Report on vaccination in Madras 1904-1921 - 1904-1921
Year: 1904
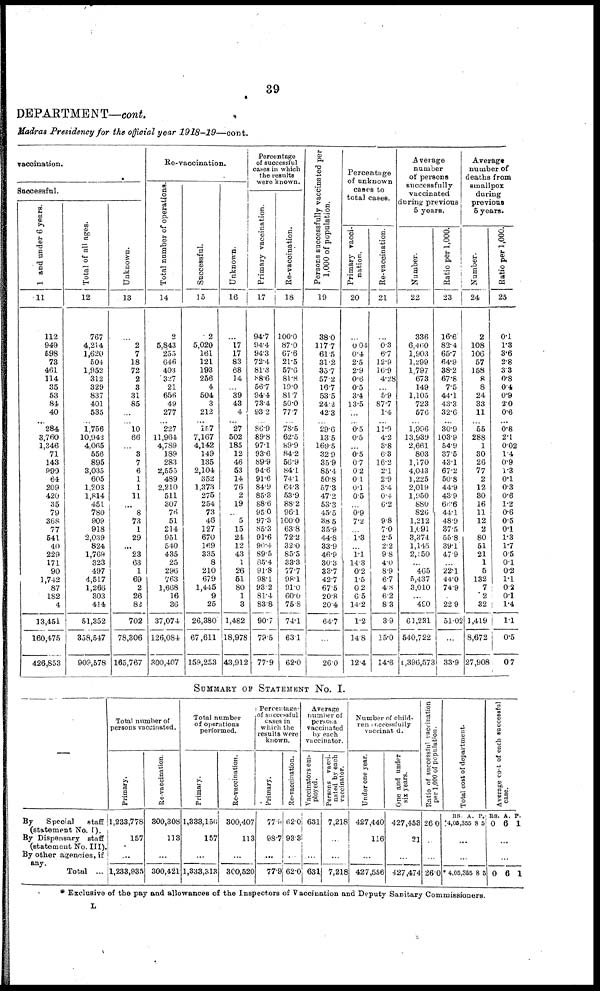
39
DEPARTMENT—cont.
Madras Presidency for the official year
1918-19—cont.
vaccination.
Successful.
1 and under 6 years.
11
112
949
598
73
461
114
35
53
84
40
284
3,760
1,346
71
143
990
64
209
420
35
79
368
77
541
40
229
171
90
1,742
87
182
4
13,451
160,475
426,853
Total of all ages.
12
767
4,214
1,620
504
1,952
312
329
837
401
535
1,756
10,942
4,065
556
895
3,035
605
1,203
1,814
451
780
909
918
2,039
824
1,769
323
497
4,517
1,266
303
414
51,352
358,547
909,578
Unknown.
13
...
2
7
18
72
2
3
31
85
...
10
66
...
3
7
6
1
1
11
...
8
73
1
29
...
23
63
1
69
2
26
82
702
78,306
165,767
Re-vaccination.
Total number of operations.
14
2
5,843
255
646
403
327
21
656
49
277
227
11,964
4,789
189
283
2,555
489
2,210
511
307
76
51
214
951
540
435
25
296
763
1,668
16
36
37,074
126,084
300,407
Successful.
15
2
5,020
161
121
193
256
4
504
3
212
157
7,167
4,142
149
135
2,104
352
1,373
275
254
73
46
127
670
169
335
8
210
679
1,445
9
25
26,380
67,611
159,253
Unknown.
16
...
17
17
83
68
14
...
39
43
4
27
502
185
12
46
53
14
76
2
19
...
5
15
24
12
43
1
26
51
80
1
3
1,482
18,978
43,912
Percentage
of successful
cases in which
the results
were known.
Primary vaccination.
17
94.7
94.4
94.3
72.4
81.3
88.6
56.7
94.4
73.4
93.2
86.9
89.8
97.1
93.6
89.9
94.6
91.6
84.9
85.3
88.6
95.0
97.3
85.3
91.6
90.4
89.5
85.4
91.8
98.1
93.2
81.4
83.8
90.7
79.5
77.9
Re- vaccination.
18
100.0
87.0
67.6
21.5
57.6
81.8
19.0
81.7
50.0
77.7
78.5
62.5
89.9
84.2
56.9
84.1
74.1
64.3
53.9
88.2
96.1
100.0
63.8
72.2
32.0
85.5
33.3
77.7
98.1
91.0
60.0
75.8
74.1
63.1
62.0
Persons successfully vaccinated per
1,000 of population.
19
38.0
117.7
61.5
31.2
35.7
57.2
16.7
53.5
24.1
42.3
29.6
13.5
169.5
32.9
35.9
85.4
50.8
57.3
47.2
53.3
45.5
38.5
35.9
44.8
33.9
46.9
30.3
33.7
42.7
67.5
20.8
20.4
64.7
...
26.0
Percentage
of unknown
cases to
total cases.
Primary vacci-
nation.
20
...
0.04
0.4
2.5
2.9
0.6
0.5
3.4
13.5
...
0.5
0.5
...
0.5
0.7
0.2
0.1
0.1
0.5
...
0.9
7.2
...
1.8
...
1.1
14.3
0.2
1.5
0.2
6.5
14.2
1.2
14.8
12.4
Re-vaccination.
21
...
0.3
6.7
12.9
16.9
4.28
...
5.9
87.7
1.4
11.9
4.2
3.8
6.3
16.2
2.1
2.9
3.4
0.4
6.2
...
9.8
7.0
2.5
2.2
9.8
4.0
8.9
6.7
4.8
6.2
8.3
3.9
15.0
14.6
Average
number
of persons
successfully
vaccinated
during previous
5 years.
Number.
22
336
6,460
1,903
1,299
1,797
673
149
1,105
723
576
1,996
13,939
2,661
803
1,170
4,043
1,225
2,019
1,950
880
826
1,212
1,091
3,374
1,145
2,150
... 465
5,437
3,010
... 490
61,231
540,722
1,396,573
Ratio per 1,000.
23
16.6
82.4
65.7
64.9
38.2
67.8
7.5
44.1
43.3
32.6
30.9
103.9
54.9
37.5
43.1
67.2
50.8
44.9
43.9
66.6
44.1
48.9
37.5
55.8
39.1
47.9
...
22.1
44.0
74.9
...
22.9
51.02
...
33.9
Average
number of
deaths from
smallpox
during
previous
5 years.
Number.
24
2
108
106
57
158
8
8
24
33
11
55
288
1
30
26
77
2
12
30
16
11
12
2
80
51
21
1
5
132
7
2
32
1,419
8,672
27,908
Ratio per 1,000.
25
0.1
1.3
3.6
2.8
3.3
0.8
0.4
0.9
2.0
0.6
0.8
2.1
0.02
1.4
0.9
1.3
0.1
0.3
0.6
1.2
0.6
0.5
0.1
1.3
1.7
0.5
0.1
0.2
1.1
0.2
0.1
1.4
1.1
0.5
0.7
SUMMERY OF STATEMENT No. I.
—
By
Special
staff
(statement No. 1).
By Dispensary staff
(statement No. III).
By other agencies, if
any.
Total ...
Total number of
persons vaccinated.
Primary.
1,233,778
157
...
1,233,935
Re-vaccination.
800,308
113
...
300,421
Total number
of operations
performed.
Primary.
1,333,156
157
...
1,333,313
Re-vaccination.
300,407
113
...
300,520
Percentage-
of successful
cases in
which the
results were
known.
Primary.
779
98.7
...
77.9
Re-vaccination.
62.0
93.3
...
62.0
Average
number of
persons
vaccinated
by each
vaccinator.
Vaccinators em-
ployed.
631
...
631
Persons vacci-
nated by each
vaccinator.
7,218
...
...
7,218
Number of child-
ren successfully
vaccinated.
Under one year.
427,440
116
...
427,556
One and under
six years.
427,453
21
...
427,474
Ratio of successful vaccination
per 1,000 of population.
26.0
...
26.0
Total cost of department.
RS.
4,05,355
A.
8
P.
5
...
* 4,05,355 8
5
Average cost of each successful
case.
RS
0
A.
6
P.
1
...
0 6 1
* Exclusive of the pay and allowances of the Inspectors of Vaccination and Deputy Sanitary Commissioners.
L